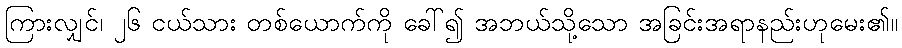
ကြားလျှင်၊ ၂၆ ငယ်သား တစ်ယောက်ကို ခေါ်၍ အဘယ်သို့သော အခြင်းအရာနည်းဟုမေး၏။